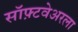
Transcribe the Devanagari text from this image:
सॉफ़्टवेअरला